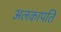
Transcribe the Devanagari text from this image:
अलकापति